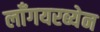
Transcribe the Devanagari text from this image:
लाँगयरब्येन